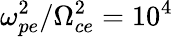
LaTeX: \omega_{pe}^{2}/\Omega_{ce}^{2}=10^{4}